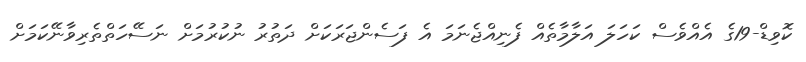
ކޮވިޑް-19ގެ އެއްވެސް ކަހަލަ އަލާމާތެއް ފެނިއްޖެނަމަ އެ ފަސެންޖަރަކަށް ދަތުރު ނުކުރުމަށް ނަސޭހަތްތެރިވާނޭކަމަށް